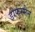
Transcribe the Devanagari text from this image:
डोर्फस्मैन